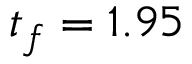
t _ { f } = 1 . 9 5